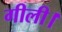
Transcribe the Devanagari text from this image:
गीली।